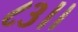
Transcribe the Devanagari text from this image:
८३।।